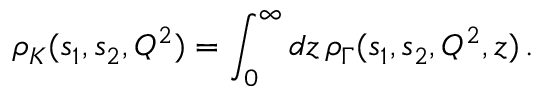
\rho _ { K } ( s _ { 1 } , s _ { 2 } , Q ^ { 2 } ) = \int _ { 0 } ^ { \infty } d z \, \rho _ { \Gamma } ( s _ { 1 } , s _ { 2 } , Q ^ { 2 } , z ) \, .